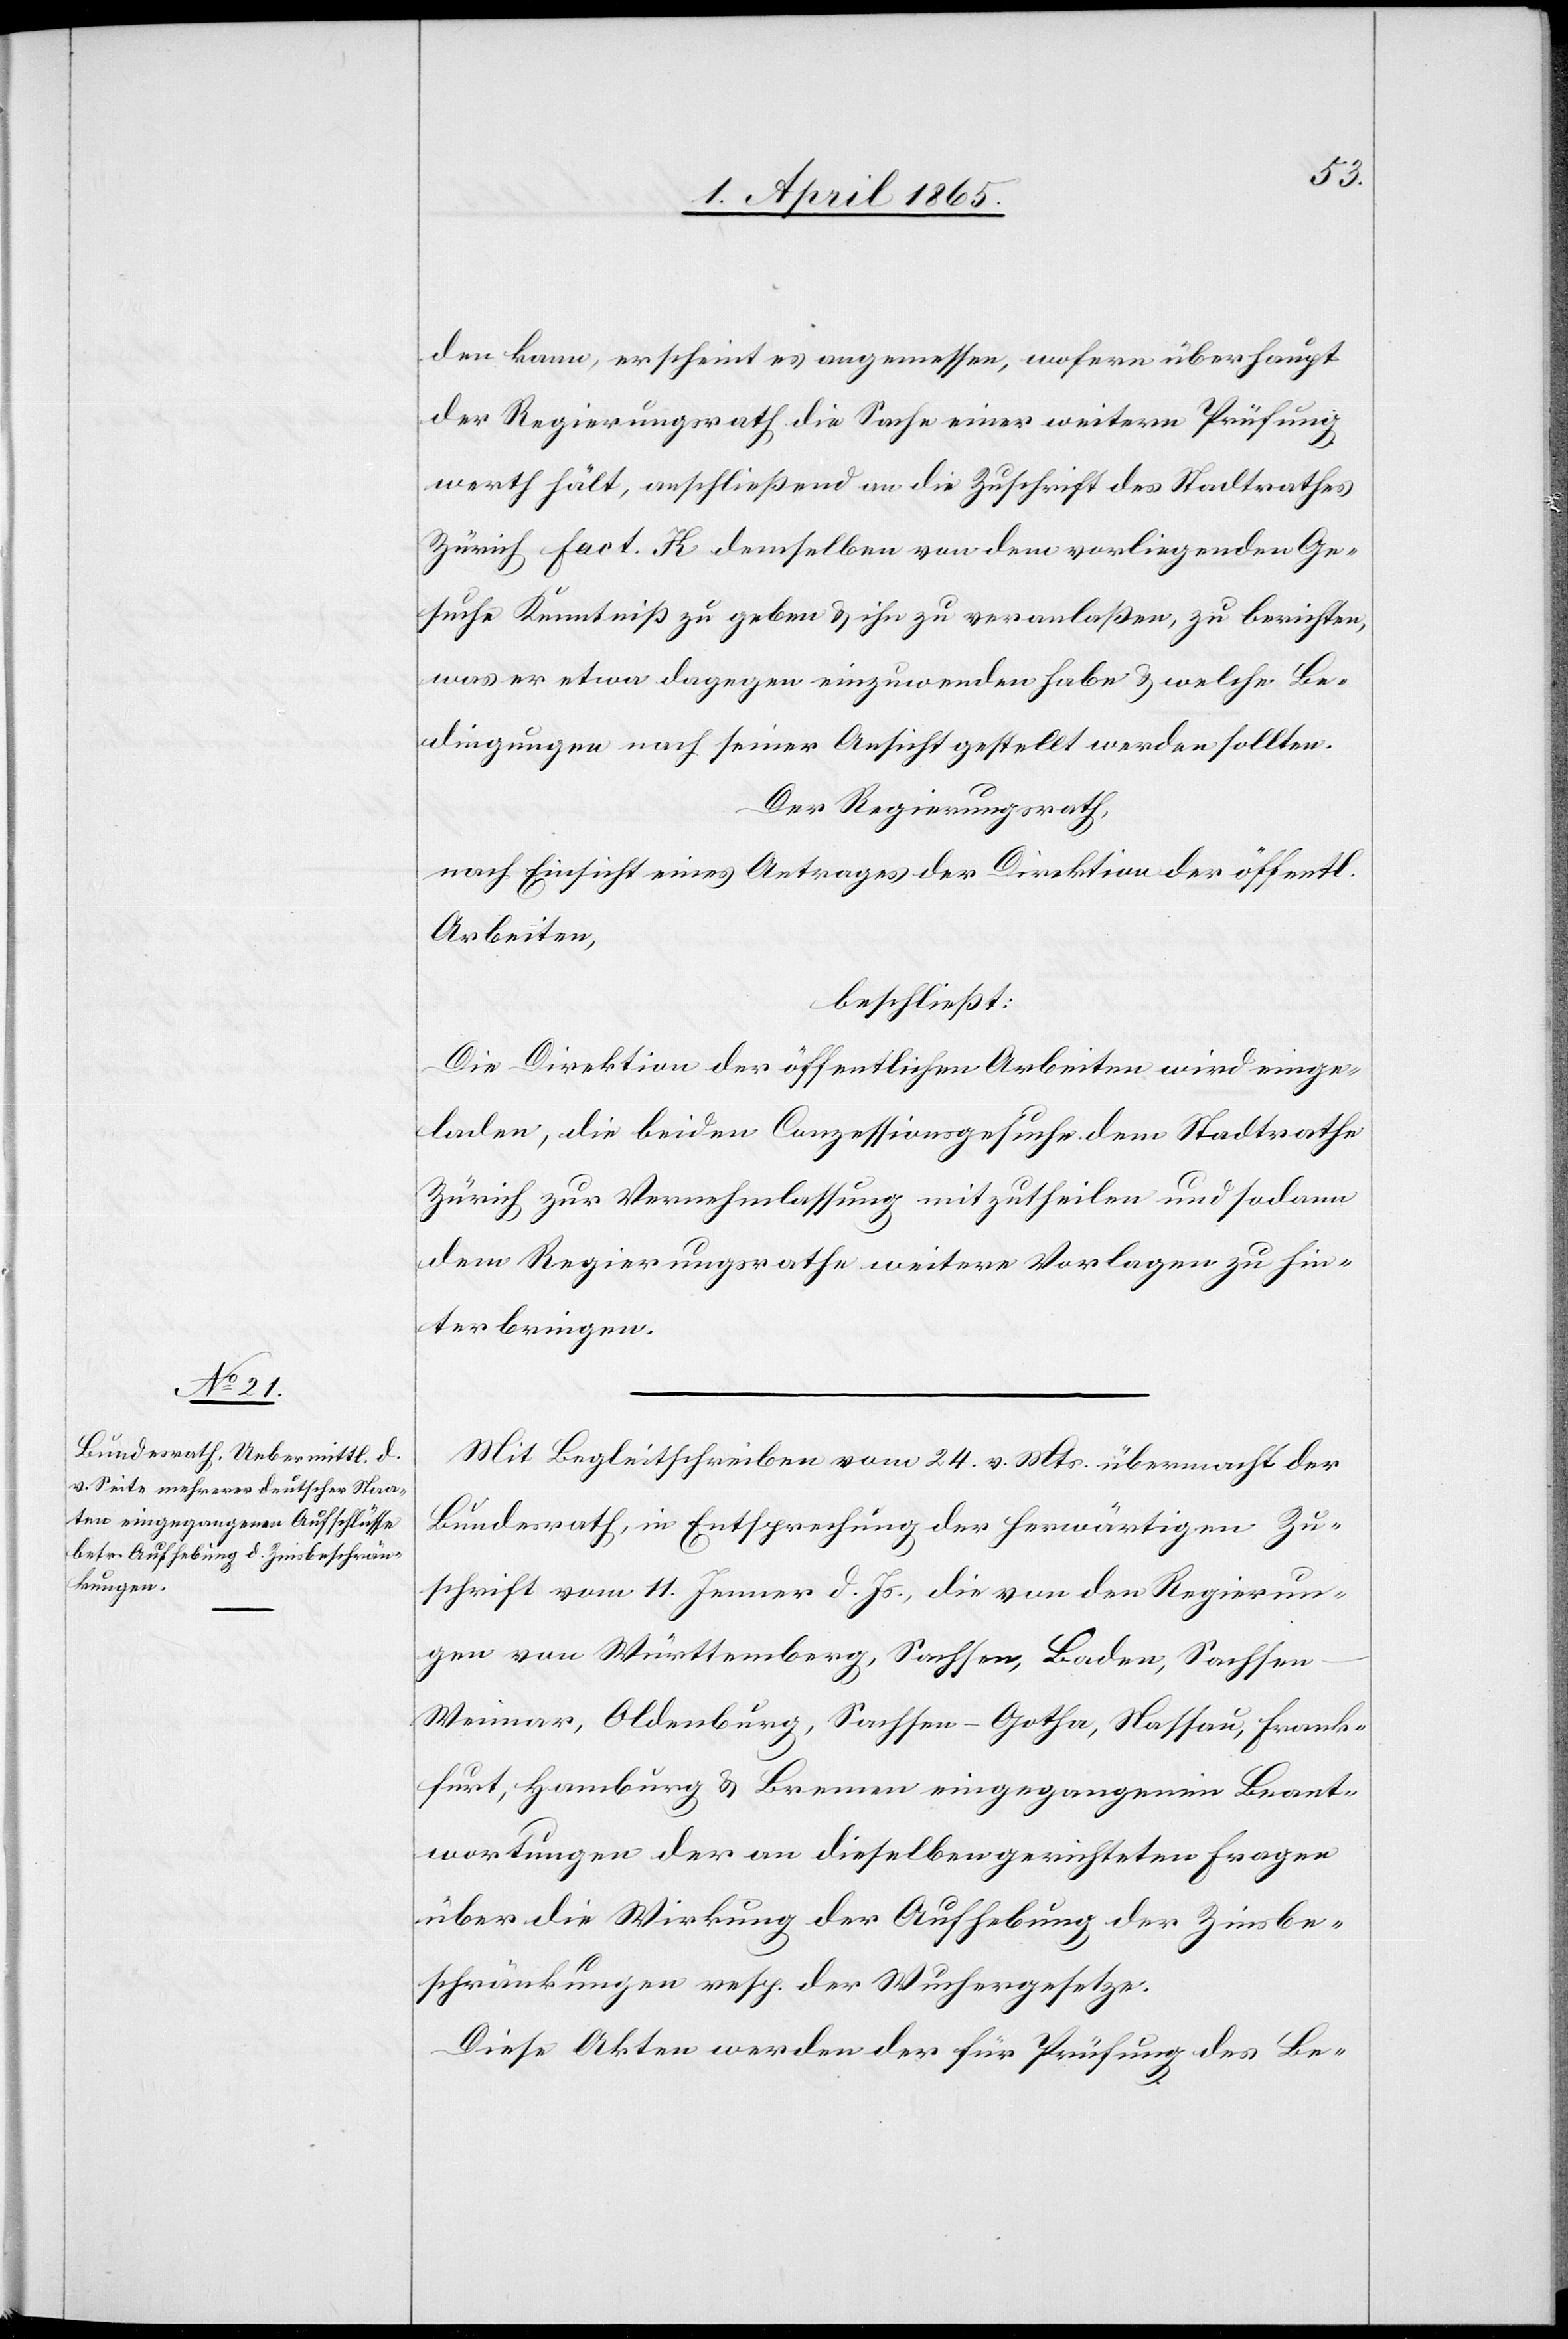
den kann, erscheint es angemessen, wofern überhaupt
der Regierungsrath die Sache einer weitern Prüfung
werth hält, anschließend an die Zuschrift des Stadtrathes
Zürich Fact. K demselben von dem vorliegenden Ge¬
suche Kenntniß zu geben & ihn zu veranlaßen, zu berichten,
was er etwa dagegen einzuwenden habe & welche Be¬
dingungen nach seiner Ansicht gestellt werden sollten.
Der Regierungsrath,
nach Einsicht eines Antrages der Direktion der öffentl.
Arbeiten,
beschließt:
Die Direktion der öffentlichen Arbeiten wird einge¬
laden, die beiden Conzessionsgesuche dem Stadtrathe
Zürich zur Vernehmlassung mitzutheilen und sodann
dem Regierungsrathe weitere Vorlagen zu hin¬
terbringen.
Mit Begleitschreiben vom 24. v. Mts. übermacht der
Bundesrath, in Entsprechung der herwärtigen Zu¬
schrift vom 11. Jenner d. Js., die von den Regierun¬
gen von Württemberg, Sachsen, Baden, Sachse¬
n-Weimar, Oldenburg, Sachsen-Gotha, Nassau, Frank¬
furt, Hamburg & Bremen eingegangenen Beant¬
wortungen der an dieselben gerichteten Fragen
über die Wirkung der Aufhebung der Zinsbe¬
schränkungen resp. Wuchergesetze.
Diese Akten werden der für Prüfung des Be-